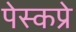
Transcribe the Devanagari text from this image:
पेस्कप्रे